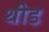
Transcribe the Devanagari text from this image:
थीड